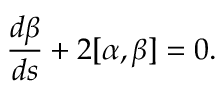
\frac { d \beta } { d s } + 2 [ \alpha , \beta ] = 0 .